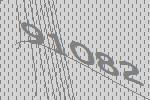
91082